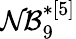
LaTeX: \mathcal{NB}_{9}^{*[5]}